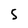
Character: 5